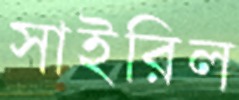
সাইরিল